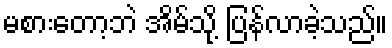
မစားတော့ဘဲ အိမ်သို့ ပြန်လာခဲ့သည်။